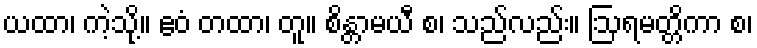
ယထာ၊ ကဲ့သို့။ ဧဝံ တထာ၊ တူ။ စိန္တာမယီ စ၊ သည်လည်း။ ဩရမတ္တိကာ စ၊